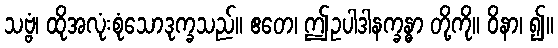
သဗ္ဗံ၊ ထိုအလုံးစုံသောဒုက္ခသည်။ ဧတေ၊ ဤဥပါဒါနက္ခန္ဓာ တို့ကို။ ဝိနာ၊ ၍။